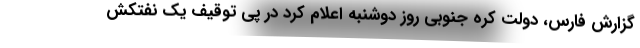
گزارش فارس، دولت کره جنوبی روز دوشنبه اعلام کرد در پی توقیف یک نفتکش